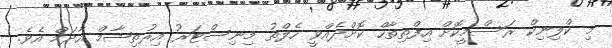
މި ކްލިނިކް ރަސްމީކޮށް އިފްތިތާހް ކޮށްދެއްވީ ހެލްތު މިނިސްޓަރު އިރުތިޝާމް އާދަމް އެވެ.